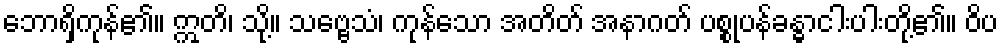
ဘောရှိကုန်၏။ ဣတိ၊ သို့။ သဗ္ဗေသံ၊ ကုန်သော အတိတ် အနာဂတ် ပစ္စုပန်ခန္ဓာငါးပါးတို့၏။ ဝိပ